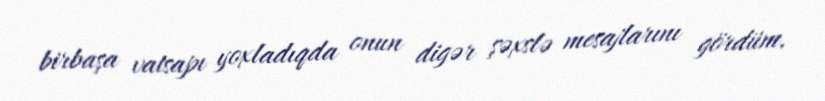
birbaşa vatsapı yoxladıqda onun digər şəxslə mesajlarını gördüm.